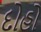
દોહો